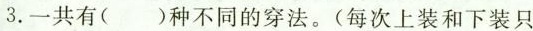
3.一共有（ ）种不同的穿法。（每次上装和下装只